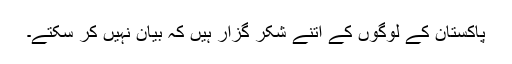
پاکستان کے لوگوں کے اتنے شکر گزار ہیں کہ بیان نہیں کر سکتے۔